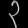
Digit: ၃